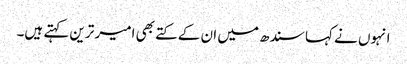
انہوں نے کہا سندھ میں ان کے کتے بھی امیر ترین کہتے ہیں۔